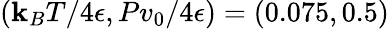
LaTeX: (\mathbf{k}_{B}T/4\epsilon,Pv_{0}/4\epsilon)=(0.075,0.5)